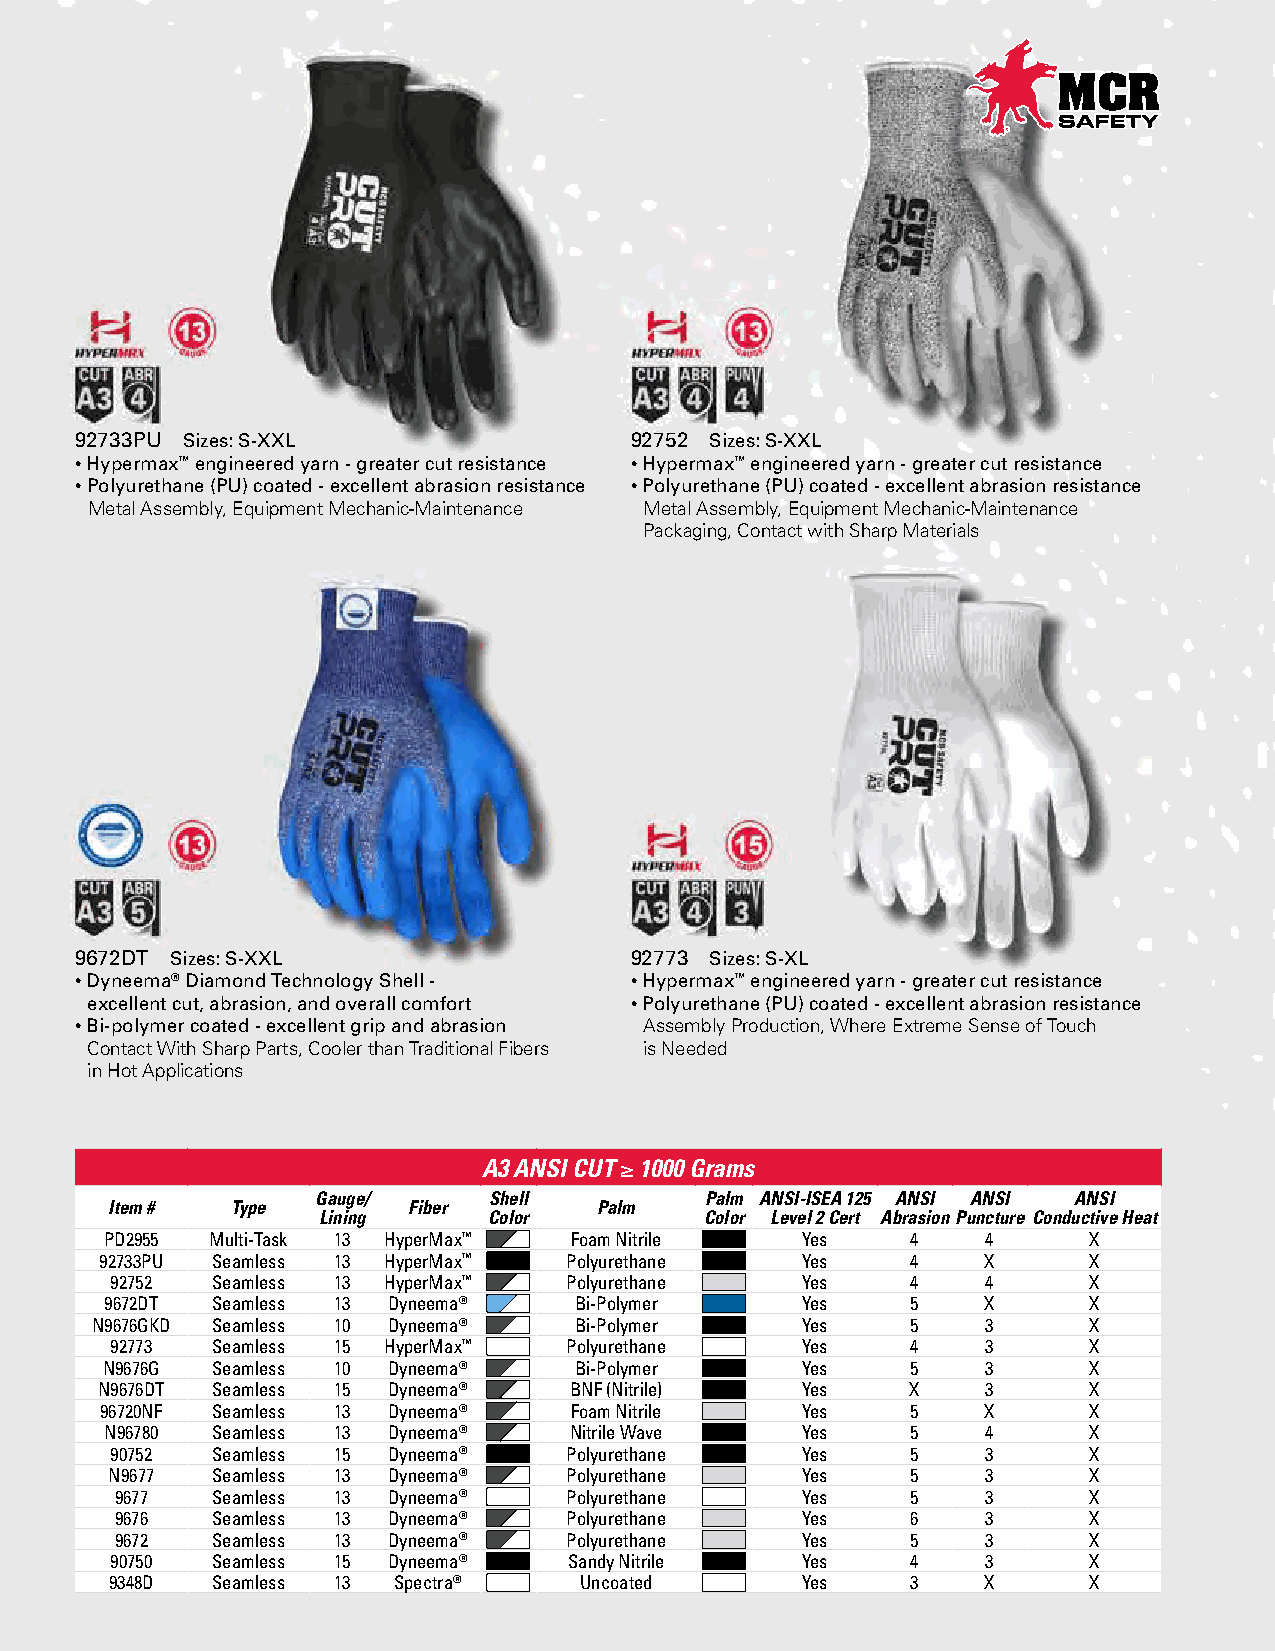
92733PU Sizes: S-XXL                 92752 Sizes: S-XXL
 • Hypermax™ engineered yarn - greater cut resistance • Hypermax™ engineered yarn - greater cut resistance
 • Polyurethane (PU) coated - excellent abrasion resistance • Polyurethane (PU) coated - excellent abrasion resistance
 Metal Assembly, Equipment Mechanic-Maintenance Metal Assembly, Equipment Mechanic-Maintenance
 Packaging, Contact with Sharp Materials
 9672DT Sizes: S-XXL                  92773 Sizes: S-XL
 • Dyneema® Diamond Technology Shell - • Hypermax™ engineered yarn - greater cut resistance
 excellent cut, abrasion, and overall comfort • Polyurethane (PU) coated - excellent abrasion resistance
 • Bi-polymer coated - excellent grip and abrasion Assembly Production, Where Extreme Sense of Touch
 Contact With Sharp Parts, Cooler than Traditional Fibers is Needed
 in Hot Applications
 A3 ANSI CUT ≥ 1000 Grams
 Gauge/     Shell          Palm ANSI-ISEA 125 ANSI ANSI ANSI
 Item #  Type        Fiber        Palm
 Lining     Color          Color Level 2 Cert Abrasion Puncture Conductive Heat
 PD2955 Multi-Task 13 HyperMax™ Foam Nitrile   Yes    4    4      X
 92733PU Seamless 13 HyperMax™ Polyurethane    Yes    4    X      X
 92752  Seamless 13 HyperMax™  Polyurethane    Yes    4    4      X
 9672DT Seamless 13 Dyneema®    Bi-Polymer     Yes    5    X      X
 N9676GKD Seamless 10 Dyneema®   Bi-Polymer     Yes    5    3      X
 92773  Seamless 15 HyperMax™  Polyurethane    Yes    4    3      X
 N9676G Seamless 10 Dyneema®    Bi-Polymer     Yes    5    3      X
 N9676DT Seamless 15 Dyneema®    BNF (Nitrile)  Yes    X    3      X
 96720NF Seamless 13 Dyneema®   Foam Nitrile   Yes    5    X      X
 N96780 Seamless 13 Dyneema®    Nitrile Wave   Yes    5    4      X
 90752  Seamless 15 Dyneema®   Polyurethane    Yes    5    3      X
 N9677  Seamless 13 Dyneema®   Polyurethane    Yes    5    3      X
 9677  Seamless 13 Dyneema®   Polyurethane    Yes    5    3      X
 9676  Seamless 13 Dyneema®   Polyurethane    Yes    6    3      X
 9672  Seamless 13 Dyneema®   Polyurethane    Yes    5    3      X
 90750  Seamless 15 Dyneema®    Sandy Nitrile  Yes    4    3      X
 9348D  Seamless 13 Spectra®    Uncoated       Yes    3    X      X